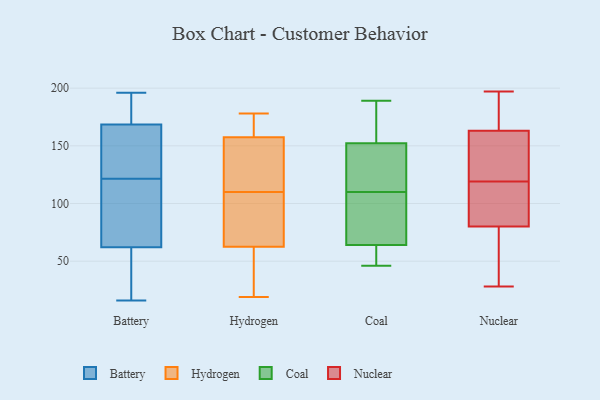
{"axis": {"x": "Humidity (%)", "y": "Value"}, "legend": ["Battery", "Coal", "Hydrogen", "Nuclear"], "data": [{"x": "", "y": 122, "type": "Battery"}, {"x": "", "y": 57, "type": "Battery"}, {"x": "", "y": 124, "type": "Battery"}, {"x": "", "y": 142, "type": "Battery"}, {"x": "", "y": 196, "type": "Battery"}, {"x": "", "y": 164, "type": "Battery"}, {"x": "", "y": 67, "type": "Battery"}, {"x": "", "y": 107, "type": "Battery"}, {"x": "", "y": 49, "type": "Battery"}, {"x": "", "y": 72, "type": "Battery"}, {"x": "", "y": 39, "type": "Battery"}, {"x": "", "y": 147, "type": "Battery"}, {"x": "", "y": 121, "type": "Battery"}, {"x": "", "y": 16, "type": "Battery"}, {"x": "", "y": 93, "type": "Battery"}, {"x": "", "y": 176, "type": "Battery"}, {"x": "", "y": 195, "type": "Battery"}, {"x": "", "y": 192, "type": "Battery"}, {"x": "", "y": 173, "type": "Battery"}, {"x": "", "y": 37, "type": "Battery"}, {"x": "", "y": 169, "type": "Hydrogen"}, {"x": "", "y": 47, "type": "Hydrogen"}, {"x": "", "y": 129, "type": "Hydrogen"}, {"x": "", "y": 63, "type": "Hydrogen"}, {"x": "", "y": 110, "type": "Hydrogen"}, {"x": "", "y": 61, "type": "Hydrogen"}, {"x": "", "y": 19, "type": "Hydrogen"}, {"x": "", "y": 175, "type": "Hydrogen"}, {"x": "", "y": 159, "type": "Hydrogen"}, {"x": "", "y": 98, "type": "Hydrogen"}, {"x": "", "y": 157, "type": "Hydrogen"}, {"x": "", "y": 149, "type": "Hydrogen"}, {"x": "", "y": 150, "type": "Hydrogen"}, {"x": "", "y": 178, "type": "Hydrogen"}, {"x": "", "y": 105, "type": "Hydrogen"}, {"x": "", "y": 104, "type": "Hydrogen"}, {"x": "", "y": 34, "type": "Hydrogen"}, {"x": "", "y": 166, "type": "Coal"}, {"x": "", "y": 152, "type": "Coal"}, {"x": "", "y": 139, "type": "Coal"}, {"x": "", "y": 110, "type": "Coal"}, {"x": "", "y": 98, "type": "Coal"}, {"x": "", "y": 65, "type": "Coal"}, {"x": "", "y": 46, "type": "Coal"}, {"x": "", "y": 48, "type": "Coal"}, {"x": "", "y": 147, "type": "Coal"}, {"x": "", "y": 189, "type": "Coal"}, {"x": "", "y": 61, "type": "Coal"}, {"x": "", "y": 101, "type": "Coal"}, {"x": "", "y": 153, "type": "Coal"}, {"x": "", "y": 178, "type": "Nuclear"}, {"x": "", "y": 197, "type": "Nuclear"}, {"x": "", "y": 101, "type": "Nuclear"}, {"x": "", "y": 77, "type": "Nuclear"}, {"x": "", "y": 134, "type": "Nuclear"}, {"x": "", "y": 161, "type": "Nuclear"}, {"x": "", "y": 184, "type": "Nuclear"}, {"x": "", "y": 163, "type": "Nuclear"}, {"x": "", "y": 146, "type": "Nuclear"}, {"x": "", "y": 76, "type": "Nuclear"}, {"x": "", "y": 104, "type": "Nuclear"}, {"x": "", "y": 137, "type": "Nuclear"}, {"x": "", "y": 55, "type": "Nuclear"}, {"x": "", "y": 80, "type": "Nuclear"}, {"x": "", "y": 83, "type": "Nuclear"}, {"x": "", "y": 186, "type": "Nuclear"}, {"x": "", "y": 28, "type": "Nuclear"}, {"x": "", "y": 104, "type": "Nuclear"}]}